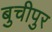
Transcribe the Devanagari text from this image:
बुचीपुर